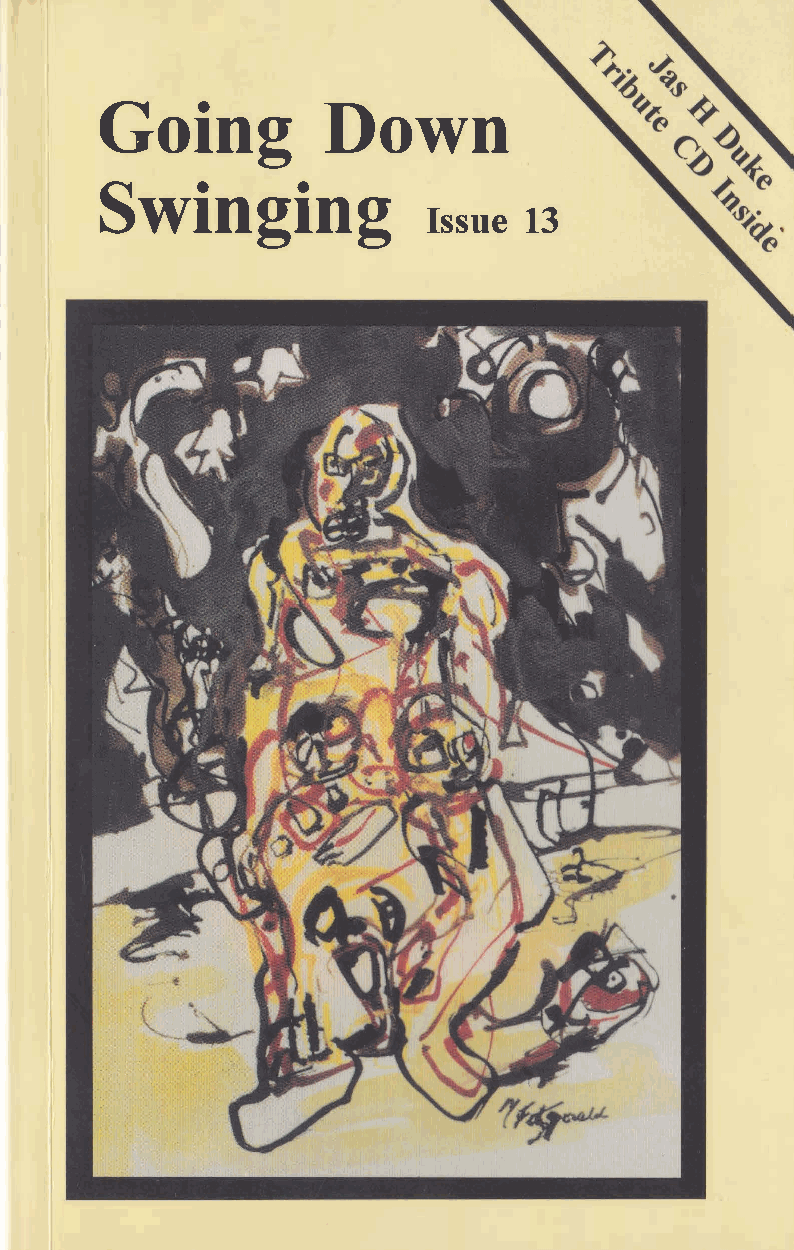
GoiDnogw                      n
 Swinging
 Iss1u3e